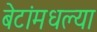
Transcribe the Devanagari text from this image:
बेटांमधल्या